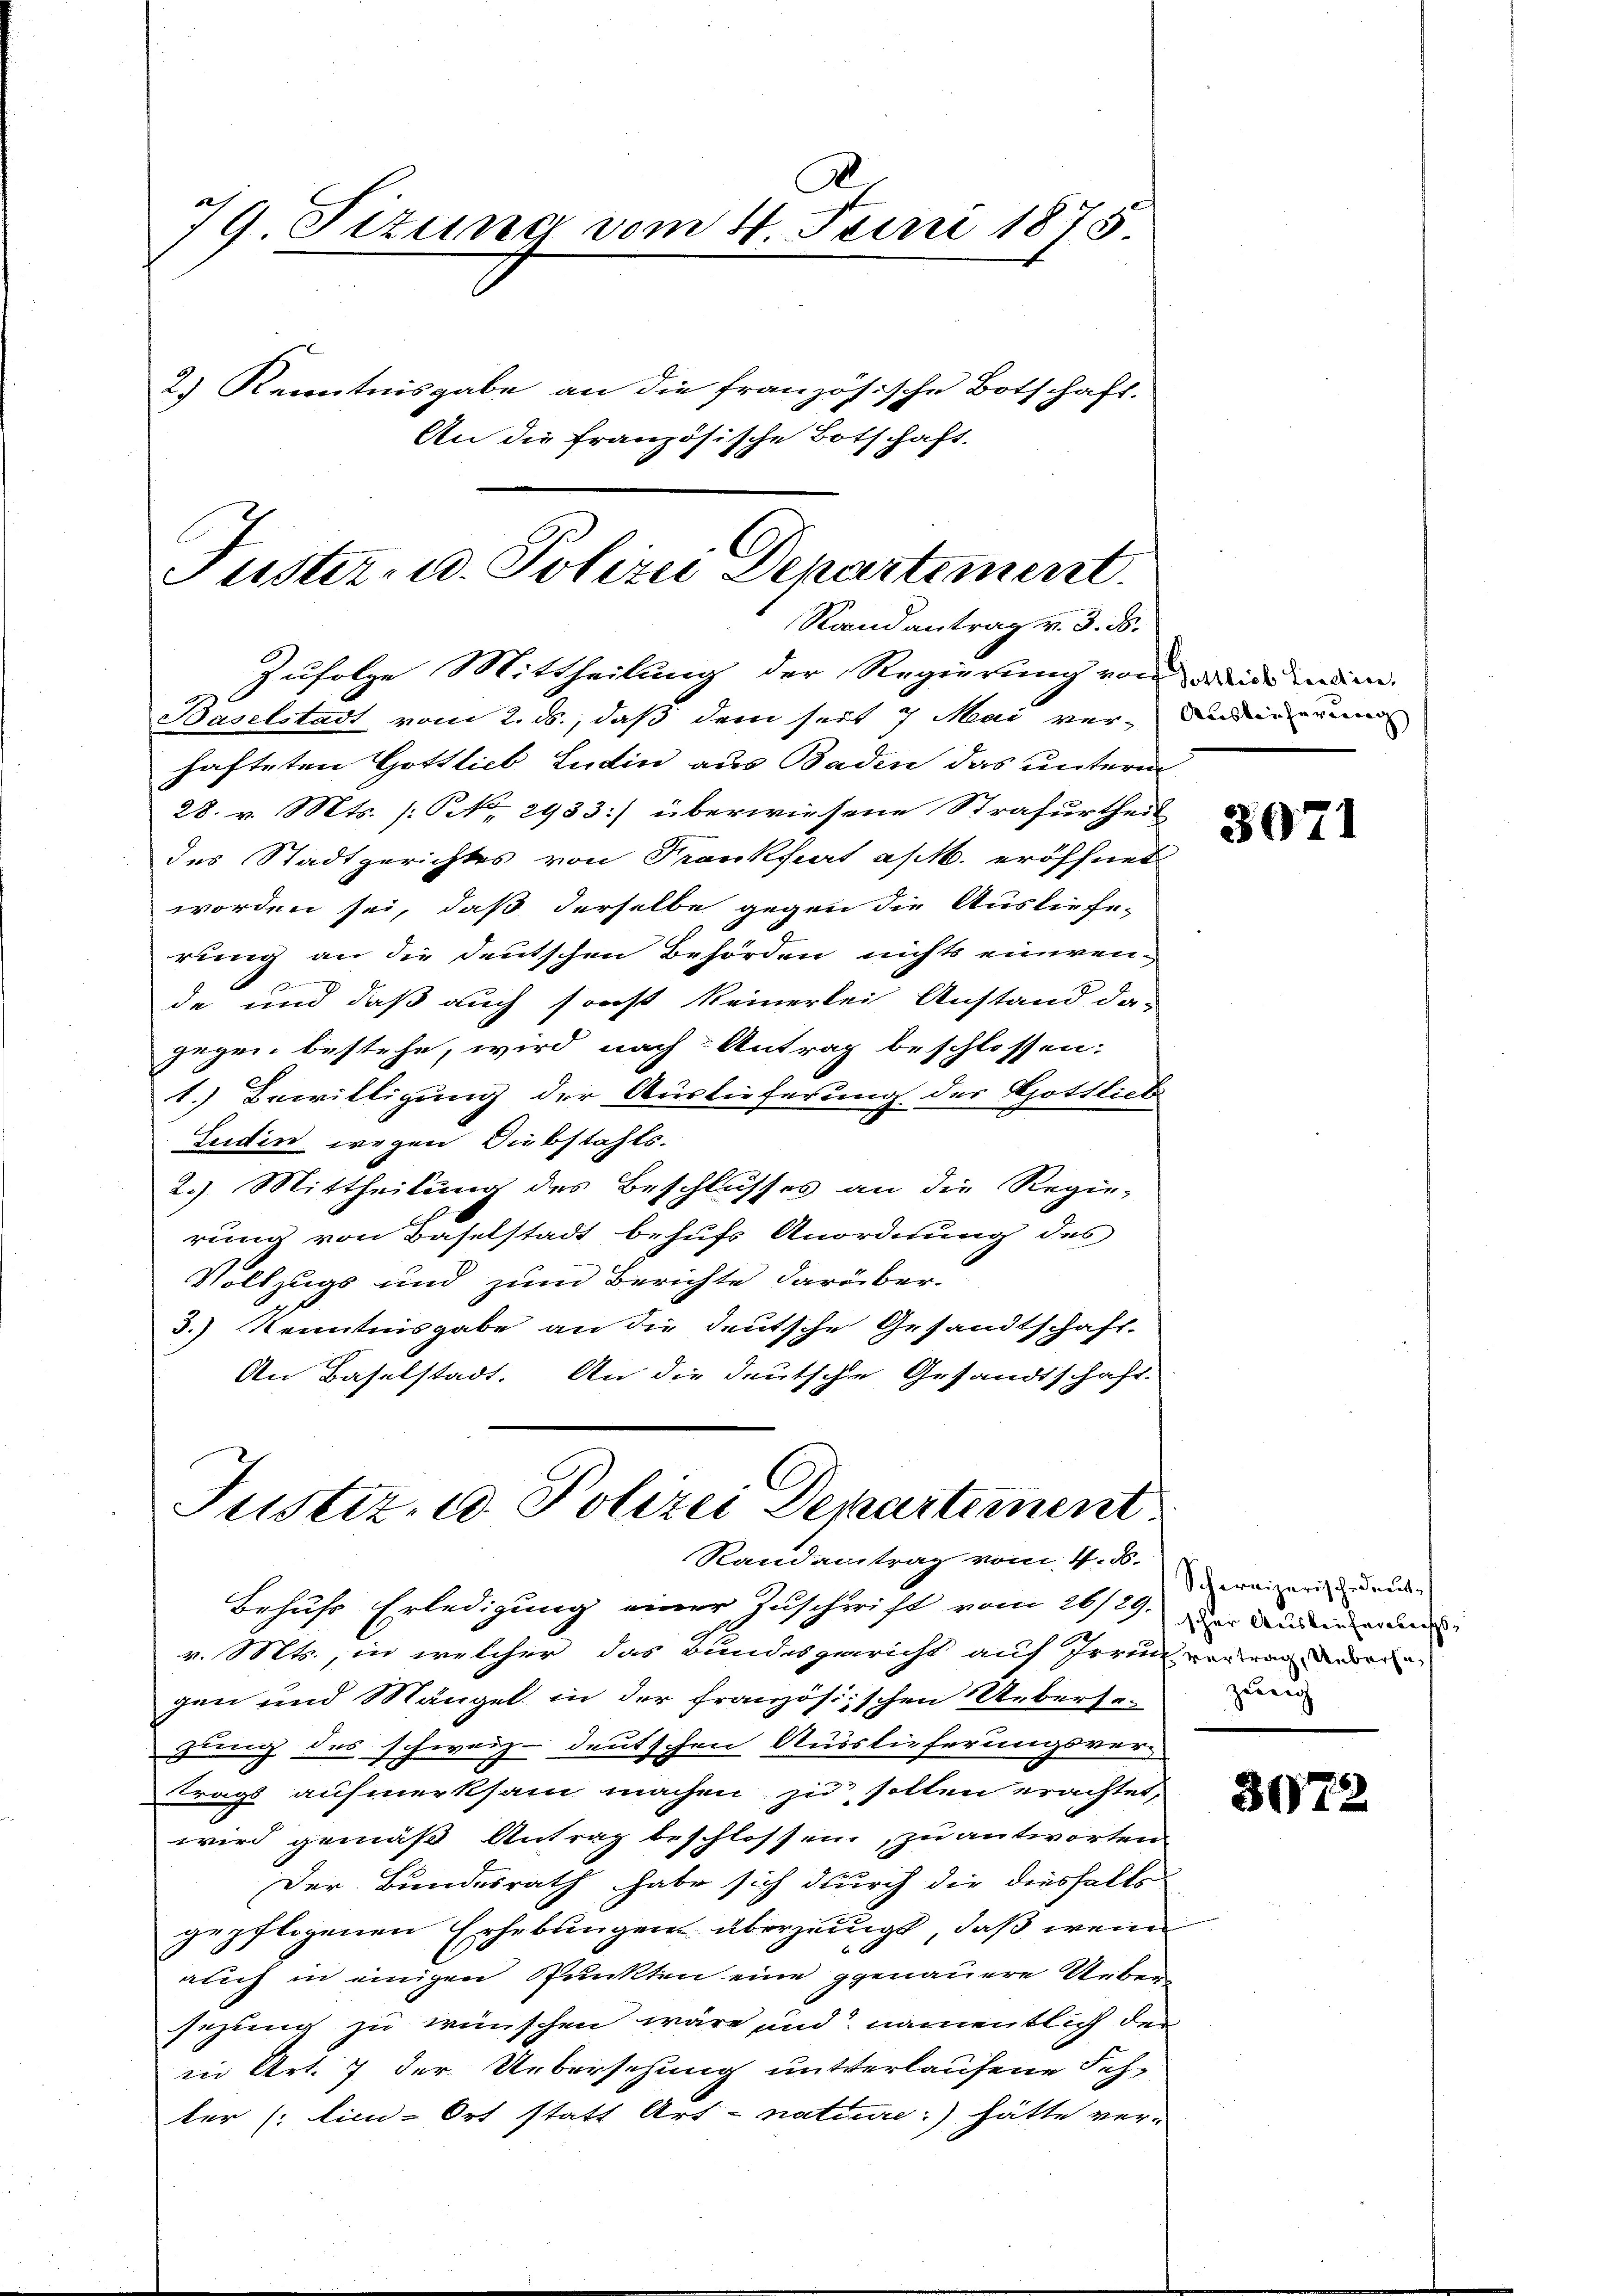
79. Sizung vom 4. Juni 1875
2.) Kenntnisgabe an die französische Botschaft.
An die französische Botschaft.

Tuster- u. Polizei Departement.
Randantrag v. 3. ds.

Zufolge Mittheilung der Regierung von der eine Bedien,
Baselstadt vom 2. ds., daß dem seit 7 Mai ver- An die einen
hafteten Gottlieb Ludin aus Badin das unterm
28. v. Mts. [NNo. 2933] überwiesene Strafurtheil
des Stadtgerichtes von Frankfurt a/M. eröffnet
worden sei, daß derselbe gegen die Ausliefe-
rung an die deutschen Behörden nichts einwene
de und daß auch sonst keinerlei Anstand da-
gegen bestehe, wird nach Antrag beschlossen:
1.) Bewilligung der Auslieferung des Gottlieb
Sudin wegen Diebstahls.
2.) Mittheilung des Beschlusses an die Regie-
rung von Baselstadt behufs Anordnung des
Vollzugs und zum Berichte darüber-
3.) Kenntnisgabe an die deutsche Gesandtschaft.
An Baselstadt. An die deutsche Gesandtschaft.

Justiz- & Polizei Departement
Randantrag vom 4. d.

Behufs Erledigung einer Zuschrift vom 26/29. Der Ande
v. Mts., in welcher das Bundesgericht auf Irren verwanderen
gen und Mängel in der französischen Ueberse
zung des schweiz. deutschen Ausslieferungsver-
trags aufmerksam machen zu sollen erachtet,
wird gemäß Antrag beschlossen, zu antworten
Der Bundesrath habe sich durch die diesfalls
gepflogenen Erhebungen überzeugt, daß wenn
auch in einigen Punkten eine genauere Ueber
sezung zu wünschen wäre und namentlich der
in Art. 7 der Uebersehung unterlaufene Schter (: tic-Ort statt Art - natiure:) hätte ver-

3071

Schweizerische deut
zung

3072